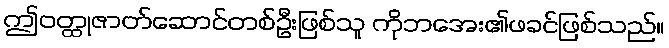
ဤဝတ္ထုဇာတ်ဆောင်တစ်ဦးဖြစ်သူ ကိုဘအေး၏ဖခင်ဖြစ်သည်။